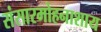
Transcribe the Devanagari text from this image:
संसारमोहनाशाय